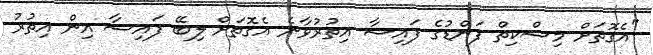
"އެގޮތަށް މިސްކިތް ފަންޑުގެ ފައިސާ އިތުރުވާނެ އެގޮތަށް ލިބޭ ފައިސާ އިން އިތުރު